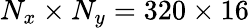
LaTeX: N_{x}\times N_{y}=320\times 16